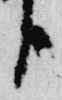
臣